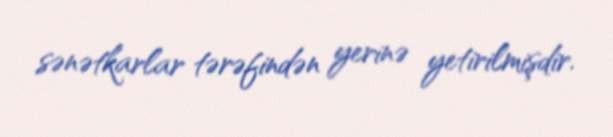
sənətkarlar tərəfindən yerinə yetirilmişdir.